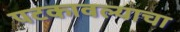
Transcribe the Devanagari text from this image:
पटकावल्याचा